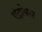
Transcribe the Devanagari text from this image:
एंट्रोबस